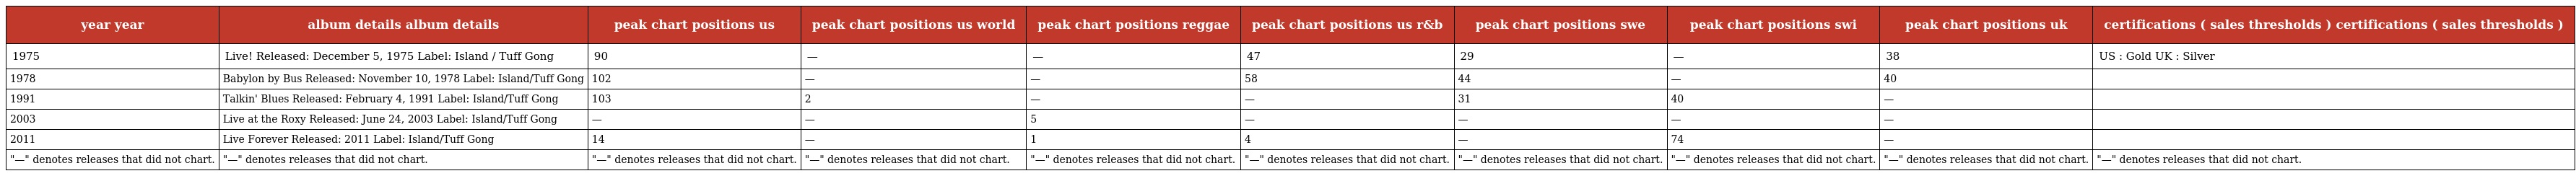
| year year | album details album details | peak chart positions us | peak chart positions us world | peak chart positions reggae | peak chart positions us r&b | peak chart positions swe | peak chart positions swi | peak chart positions uk | certifications ( sales thresholds ) certifications ( sales thresholds ) |
 | --- | --- | --- | --- | --- | --- | --- | --- | --- | --- |
 | 1975 | Live! Released: December 5, 1975 Label: Island / Tuff Gong | 90 | — | — | 47 | 29 | — | 38 | US : Gold UK : Silver |
 | 1978 | Babylon by Bus Released: November 10, 1978 Label: Island/Tuff Gong | 102 | — | — | 58 | 44 | — | 40 |  |
 | 1991 | Talkin' Blues Released: February 4, 1991 Label: Island/Tuff Gong | 103 | 2 | — | — | 31 | 40 | — |  |
 | 2003 | Live at the Roxy Released: June 24, 2003 Label: Island/Tuff Gong | — | — | 5 | — | — | — | — |  |
 | 2011 | Live Forever Released: 2011 Label: Island/Tuff Gong | 14 | — | 1 | 4 | — | 74 | — |  |
 | "—" denotes releases that did not chart. | "—" denotes releases that did not chart. | "—" denotes releases that did not chart. | "—" denotes releases that did not chart. | "—" denotes releases that did not chart. | "—" denotes releases that did not chart. | "—" denotes releases that did not chart. | "—" denotes releases that did not chart. | "—" denotes releases that did not chart. | "—" denotes releases that did not chart. |